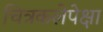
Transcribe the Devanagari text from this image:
चित्रकलेपेक्षा